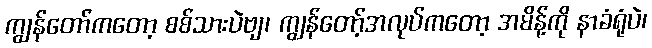
ကျွန်တော်ကတော့ စစ်သားပဲဗျ၊ ကျွန်တော့်အလုပ်ကတော့ အမိန့်ကို နာခံရုံပဲ၊